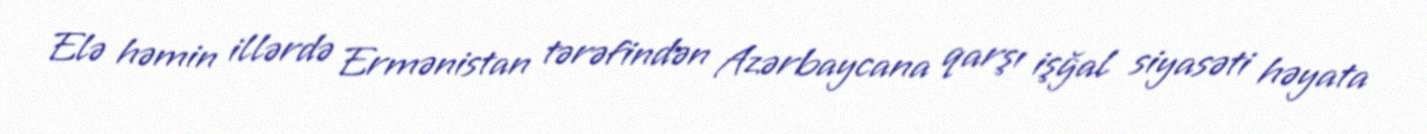
Elə həmin illərdə Ermənistan tərəfindən Azərbaycana qarşı işğal siyasəti həyata